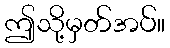
ဤသို့မှတ်အပ်။